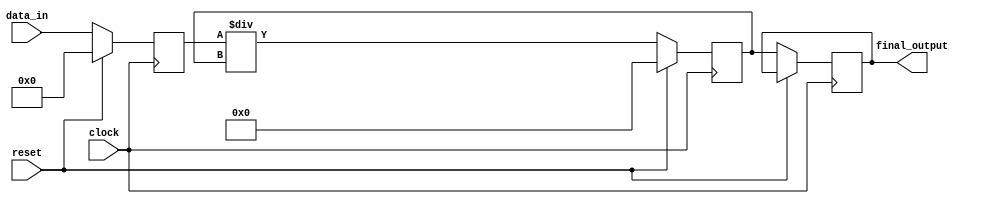
module PipelineAccumulator (
    input clock,
    input reset,
    input [7:0] data_in,
    output reg [15:0] final_output
);

reg [7:0] data;
reg [15:0] accumulator;

always @(posedge clock) begin
    if (reset) begin
        data <= 8'b0;
        accumulator <= 16'b0;
    end else begin
        data <= data_in;
        
        // Pipeline stages for arithmetic blocks
        // Block 1
        accumulator <= data + accumulator;
        // Block 2
        accumulator <= data - accumulator;
        // Block 3
        accumulator <= data * accumulator;
        // Block 4
        accumulator <= data / accumulator;
        
        final_output <= accumulator;
    end
end

endmodule